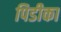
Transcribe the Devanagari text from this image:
पिडीका